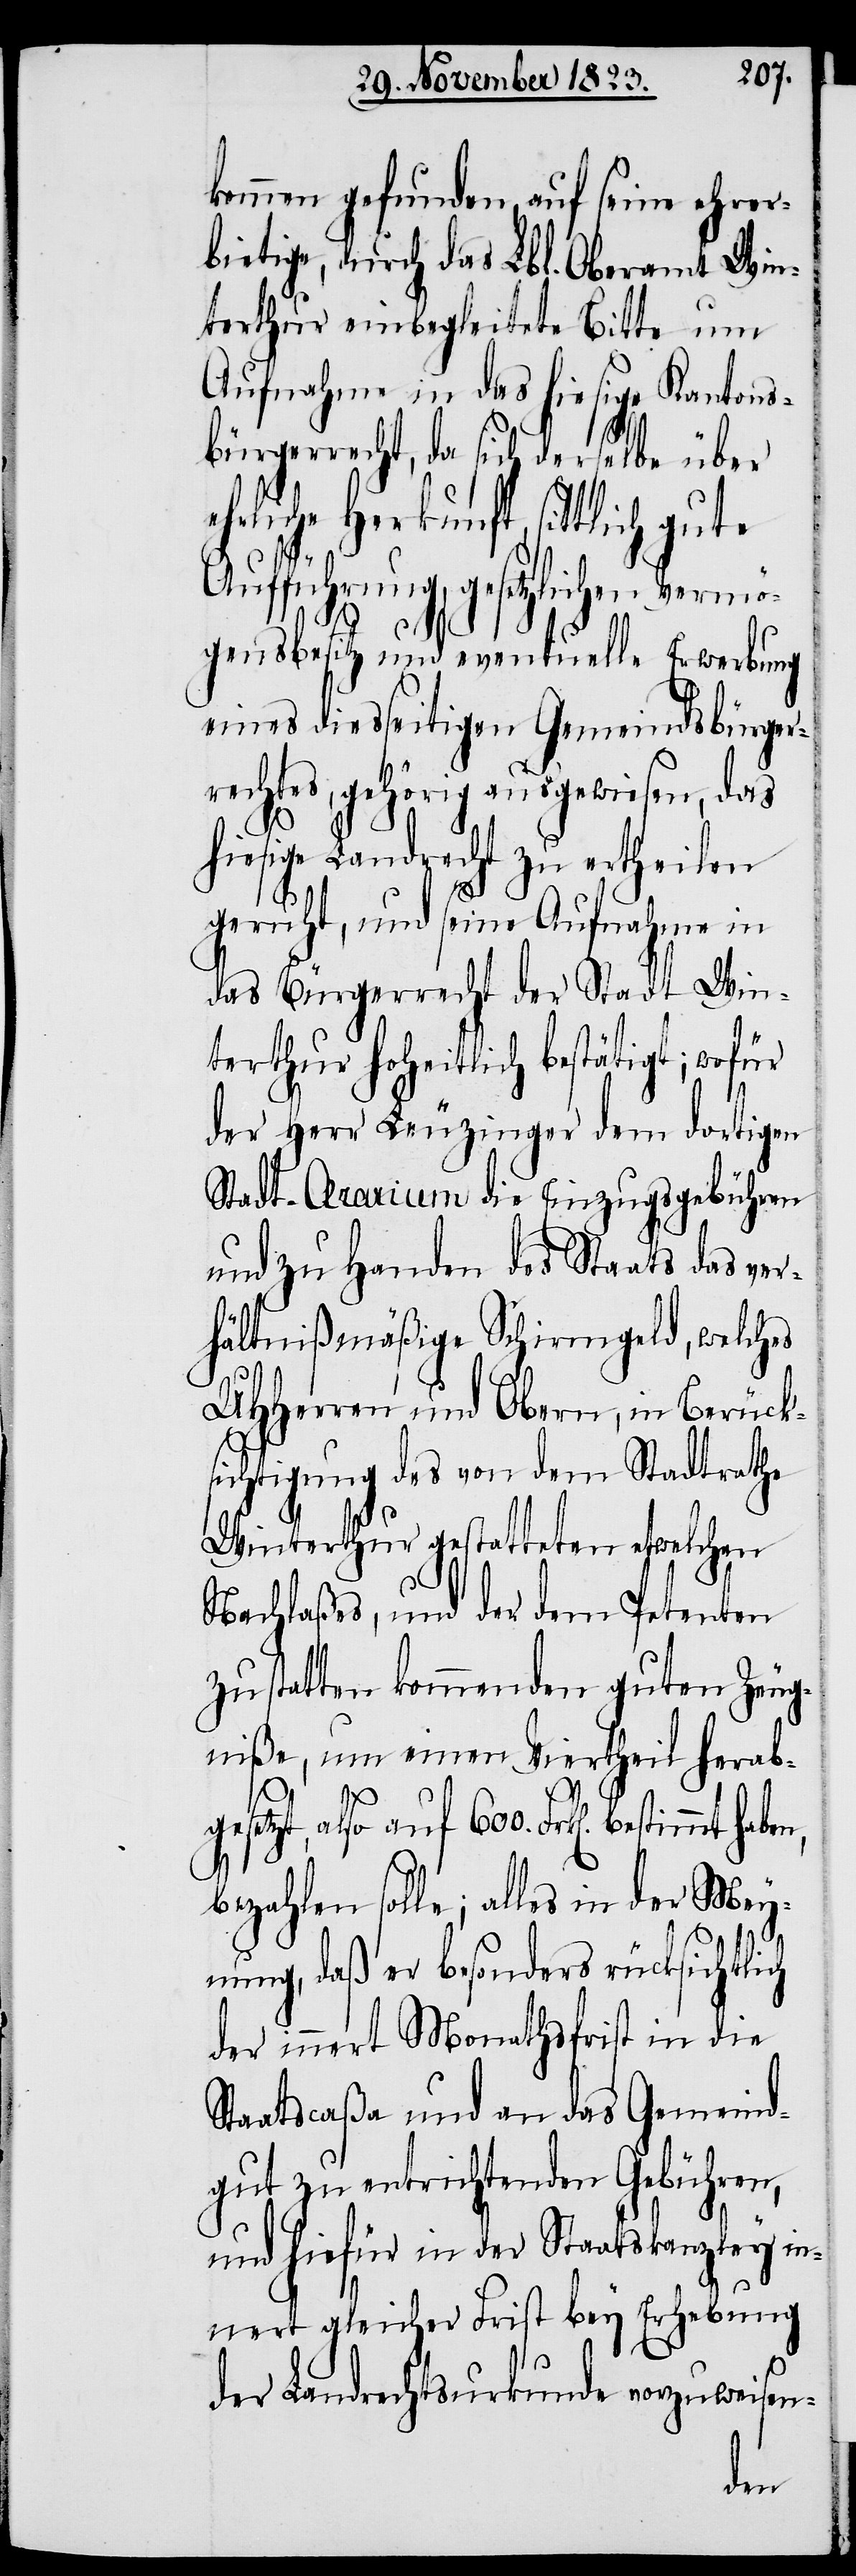
kommen gefunden, auf seine ehrer¬
bietige, durch das Lbl. Oberamt Win¬
terthur einbegleitete Bitte um
Aufnahme in das hiesige Kantons¬
bürgerrecht, da sich derselbe über
hrliche Herkunft, sittlich gute
Aufführung, gesetzlichen Vermö¬
gensbesitz und eventuelle Erwerbung
eines diesseitigen Gemeindsbürger¬
rechtes, gehörig ausgewiesen, das
hiesige Landrecht zu ertheilen
geruht, und seine Aufnahme in
das Bürgerrecht der Stadt Win¬
terthur hoheitlich bestätigt; wofür
der Herr Leuzinger dem dortigen
Stadt-Aerarium die Einzugsgebühren
und zu Handen des Staats das ver¬
hältnißmäßige Schirmgeld, welches
UHHerren und Obern, in Berück¬
sichtigung des von dem Stadtrathe
Winterthur gestatteten etwelchen
Nachlaßes, und der dem Petenten
zu statten kommenden guten Zeug¬
niße, um einen Viertheil herabge¬
e¬
setzt, also auf 600. Frk[en]. bestimmt
bezahlen solle; alles in der Mey¬
nung, daß er besonders rücksichtlich
der innert Monathsfrist in die
Staatscaßa und an das Gemeind¬
gut zu entrichtenden Gebühren,
und hiefür in der Staatskanzley in¬
nert gleicher Frist bey Erhebung
der Landrechtsurkunde vorzuweisen-